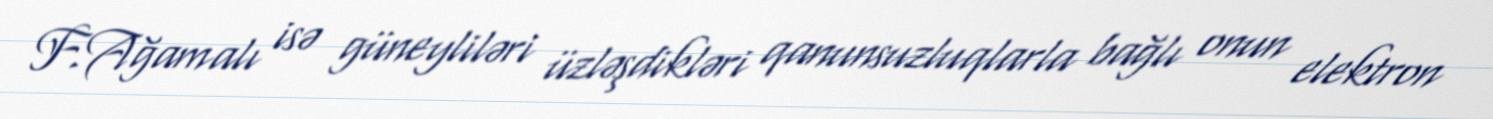
F.Ağamalı isə güneyliləri üzləşdikləri qanunsuzluqlarla bağlı onun elektron